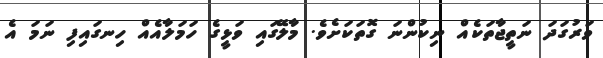
ވަރުގަދަ ނަތީޖާތަކެއް ނިކުންނަ ގޮތަކަށެވެ. މާލޭގައި ވަޅީގެ ހަމަލާއެއް ހިނގައިފި ނަމަ އެ